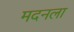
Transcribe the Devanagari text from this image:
मदनला